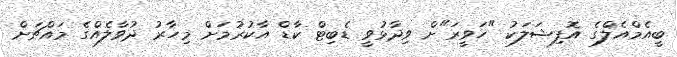
ބީއެމްއެލްގެ އޮފިޝަލަކު "ހަވީރަ"ށް ވިދާޅުވީ ޑެބިޓް ކާޑް އާކުރުމަށް މިހާރު ދުވާލެއްގެ މައްޗަށް